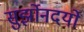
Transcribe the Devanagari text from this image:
सुर्झोनदर्यो